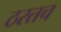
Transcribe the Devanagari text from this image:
ठरतच